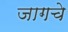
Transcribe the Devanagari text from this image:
जागचे